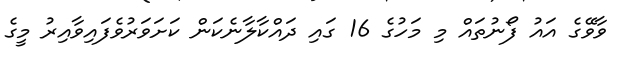
ވާވޭގެ އައު ފޯނުތައް މި މަހުގެ 16 ގައި ދައްކާލާނެކަން ކަށަވަރުވެފައިވާއިރު މީގެ